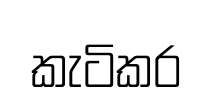
කැටිකර